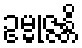
ဥမ္မုဇ္ဇန္တိ